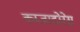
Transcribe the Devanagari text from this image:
काजादोरेस